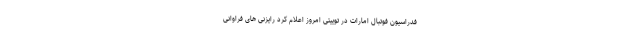
فدراسیون فوتبال امارات در توییتی امروز اعلام کرد رایزنی های فراوانی